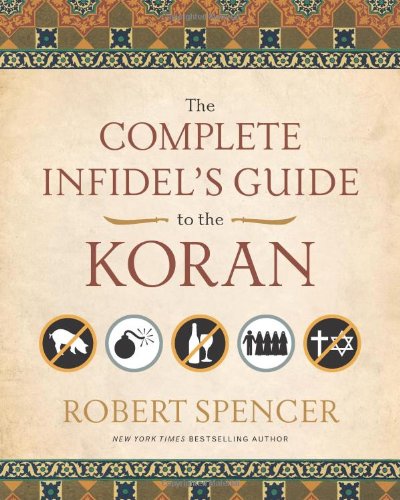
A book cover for The Complete Infidel's Guide to the Koran; Robert Spencer; History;